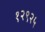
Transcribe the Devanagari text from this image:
१२९२५